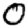
Digit: 0